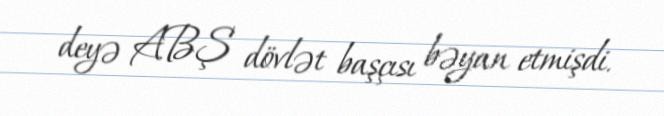
deyə ABŞ dövlət başçısı bəyan etmişdi.